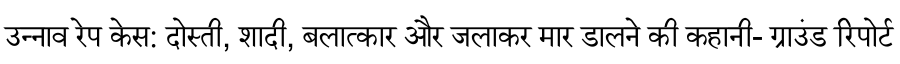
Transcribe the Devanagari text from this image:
उन्नाव रेप केस: दोस्ती, शादी, बलात्कार और जलाकर मार डालने की कहानी- ग्राउंड रिपोर्ट